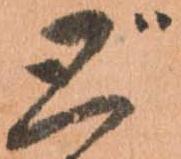
ど